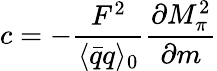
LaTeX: c=-\frac{F^{2}}{\langle\bar{q}q\rangle_{0}}\frac{\partial M_{\pi}^{2}}{\partial m}